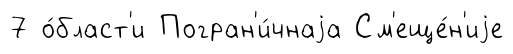
7 о́бласт'и Погран'и́чнаjа См'еще́н'иjе